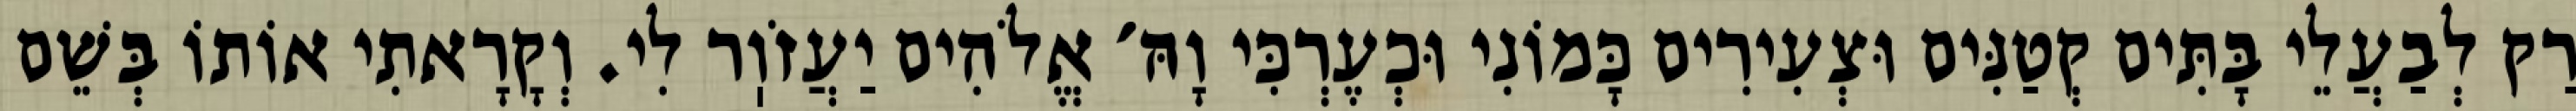
רַק לְבַעֲלֵי בָּתִּים קְטַנִּים וּצְעִירִים כָּמוֹנִי וּכְעֶרְכִּי וָהּ׳ אֱלֹהִים יַעֲזֹוֽר לִי. וְקָרָאתִי אוֹתוֹ בְּשֵׁם